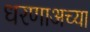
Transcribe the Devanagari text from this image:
धरणाअच्या